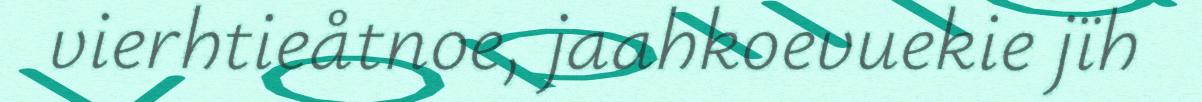
vierhtieåtnoe, jaahkoevuekie jïh